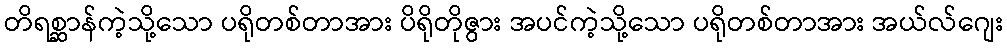
တိရစ္ဆာန်ကဲ့သို့သော ပရိုတစ်တာအား ပိရိုတိုဇွား အပင်ကဲ့သို့သော ပရိုတစ်တာအား အယ်လ်ဂျေး